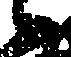
々